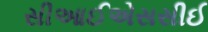
સીઆઈએસસીઈ